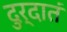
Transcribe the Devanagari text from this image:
दुर्दातं